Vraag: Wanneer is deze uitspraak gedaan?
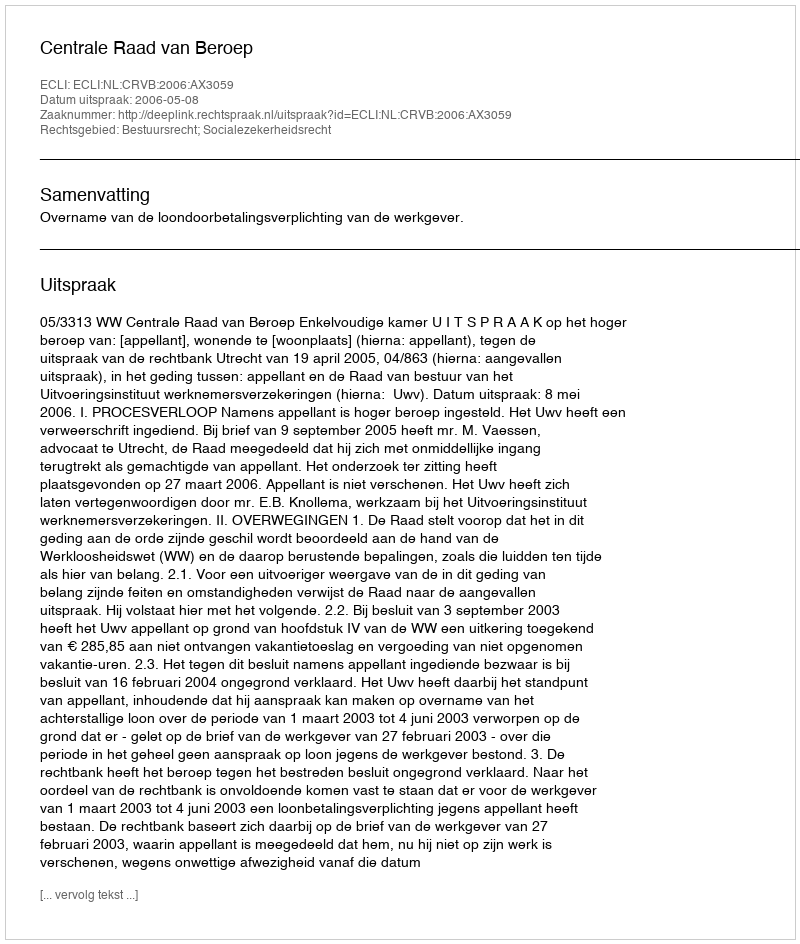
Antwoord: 2006-05-08